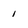
Character: i